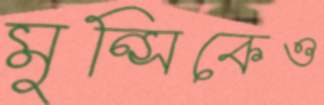
মুন্সিকেও